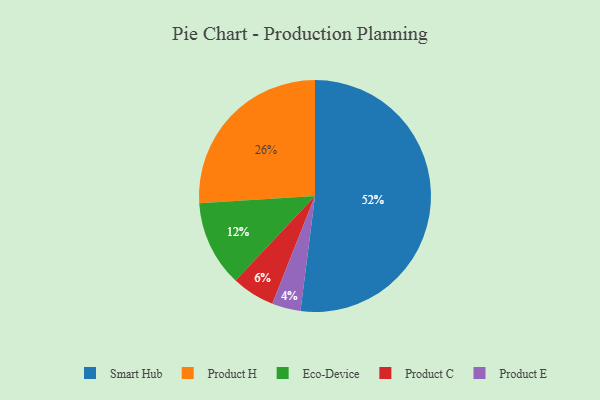
{"axis": {"x": "Category", "y": "Percentage"}, "legend": ["Eco-Device", "Product C", "Product E", "Product H", "Smart Hub"], "data": [{"x": "Eco-Device", "y": 12, "type": "Eco-Device"}, {"x": "Product H", "y": 26, "type": "Product H"}, {"x": "Product E", "y": 4, "type": "Product E"}, {"x": "Smart Hub", "y": 52, "type": "Smart Hub"}, {"x": "Product C", "y": 6, "type": "Product C"}]}